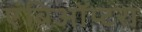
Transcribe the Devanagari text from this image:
एंबिऑप्टरा